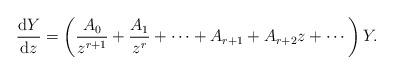
LaTeX: \begin{gather*}\frac{{\rm d}Y}{{\rm d}z}=\left( \frac{A_0}{z^{r+1}}+\frac{A_1}{z^{r}}+\cdots+A_{r+1}+A_{r+2} z+\cdots\right)Y.\end{gather*}